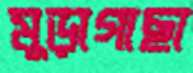
মুড়াগাছা